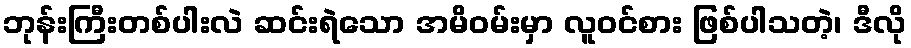
ဘုန်းကြီးတစ်ပါးလဲ ဆင်းရဲသော အမိဝမ်းမှာ လူဝင်စား ဖြစ်ပါသတဲ့၊ ဒီလို